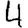
Digit: 4